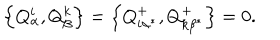
\left\{ Q _ { \alpha } ^ { i } , Q _ { \beta } ^ { k } \right\} = \left\{ Q _ { i \alpha ^ { * } } ^ { + } , Q _ { k \beta ^ { * } } ^ { + } \right\} = 0 .